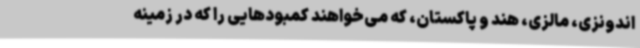
اندونزی، مالزی، هند و پاکستان، که می‌خواهند کمبودهایی را که در زمینه